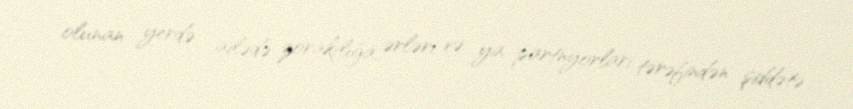
olunan yerdə - ailədə zorakılığa, ərləri və ya partnyorları tərəfindən şiddətə